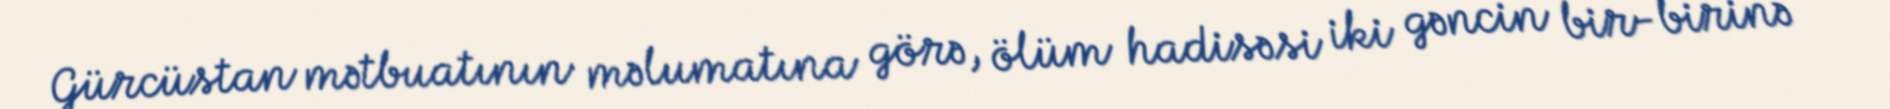
Gürcüstan mətbuatının məlumatına görə, ölüm hadisəsi iki gəncin bir-birinə